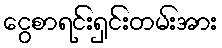
ငွေစာရင်းရှင်းတမ်းအား